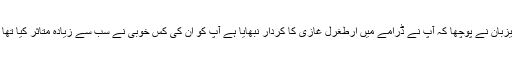
میزبان نے پوچھا کہ آپ نے ڈرامے میں ارطغرل غازی کا کردار نبھایا ہے آپ کو ان کی کس خوبی نے سب سے زیادہ متاثر کیا تھا ؟